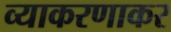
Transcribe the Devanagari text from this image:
व्याकरणाकर